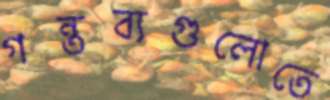
গন্তব্যগুলোতে